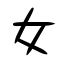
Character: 女